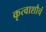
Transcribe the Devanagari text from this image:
कृत्वाशौचं